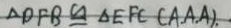
\Delta D F B \cong \Delta E F C ( A . A . A ) .